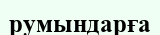
румындарға